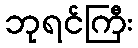
ဘုရင်ကြီး